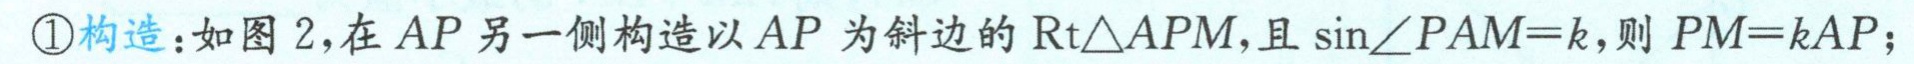
\textcircled{1}构造：如图 2，在 \(AP\) 另一侧构造以 \(AP\) 为斜边的 \(\mathrm{Rt}\triangle APM\)，且 \(\sin\angle PAM = k\)，则 \(PM = kAP\)；